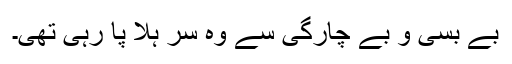
بے بسی و بے چارگی سے وہ سر ہلا پا رہی تھی۔